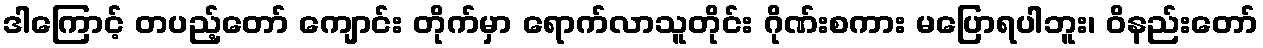
ဒါကြောင့် တပည့်တော် ကျောင်း တိုက်မှာ ရောက်လာသူတိုင်း ဂိုဏ်းစကား မပြောရပါဘူး၊ ဝိနည်းတော်